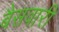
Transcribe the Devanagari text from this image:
बैसवारी